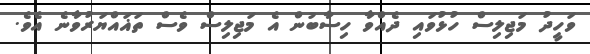
ވަހީދު މަޖިލިސް ހުޅުވައި ދެއްވާ ހިސާބުން އެ މަޖިލިސް ވެސް ތަޣައްޔަރުވާނެ އެވެ.